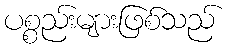
ပစ္စည်းများဖြစ်သည်